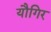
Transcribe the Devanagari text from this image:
यौगिर